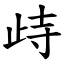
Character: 歭